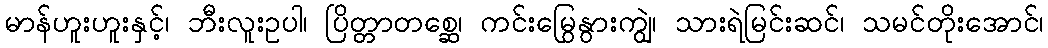
မာန်ဟူးဟူးနှင့်၊ ဘီးလူးဥပါ၊ ပြိတ္တာတစ္ဆေ၊ ကင်းမြွေနွားကျွဲ၊ သားရဲမြင်းဆင်၊ သမင်တိုးအောင်၊